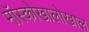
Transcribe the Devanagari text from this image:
मॉस्कोखालोखाल